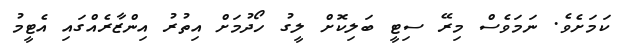
ކަމަށެވެ. ނަމަވެސް މިރޭ ސިޓީ ބަލިކޮށް ލީގު ހޯދުމަށް އިތުރު އިންޒާރެއްގައި އެޓީމު